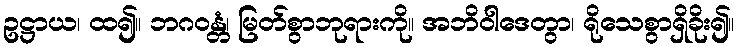
ဥဋ္ဌာယ၊ ထ၍။ ဘဂဝန္တံ၊ မြတ်စွာဘုရားကို။ အဘိဝါဒေတွာ၊ ရိုသေစွာရှိခိုး၍။